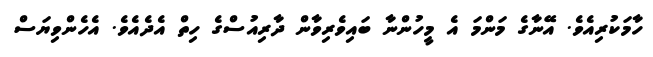
ހާމަކުރިއެވެ. އޭނާގެ މަންމަ އެ މީހުންނާ ބައިވެރިވާން ދާރިއުސްގެ ހިތް އެދެއެވެ. އެހެންވިޔަސް